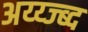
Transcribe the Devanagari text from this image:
अय्य्ज्ब्द